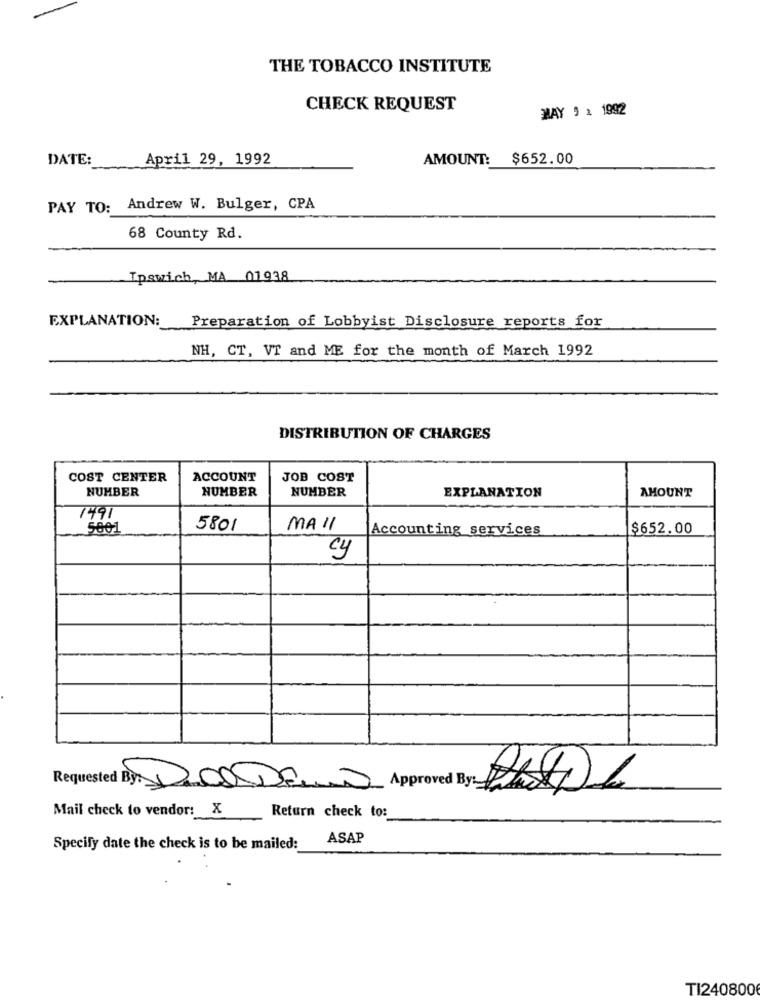
THE TOBACCO INSTITUTE
CHECK REQUEST
MAY 5 2 1992
DATE:
April 29, 1992
AMOUNT: $652.00
PAY TO: Andrew W. Bulger, CPA
68 County Rd.
Ipswich, MA 01938
EXPLANATION:
Preparation of Lobbyist Disclosure reports for
NH, CT, VT and ME for the month of March 1992
DISTRIBUTION OF CHARGES
COST CENTER
ACCOUNT
JOB COST
NUMBER
NUMBER
NUMBER
EXPLANATION
AMOUNT
1491
5001
5801
MAIL
Accounting services
$652.00
cy
Requested By: DOSDEN
Approved
Mail check to vendor: X
Return check to:
ASAP
Specify date the check is to be mailed:
TI240800